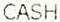
CASH